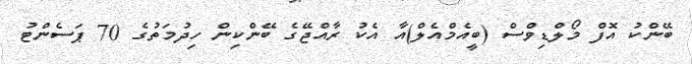
ބޭންކު އޮފް މޯލްޑިވްސް (ބީއެމްއެލް)އާ އެކު ރާއްޖޭގެ ބޭންކިން ހިދުމަތުގެ 70 ޕަސެންޓު